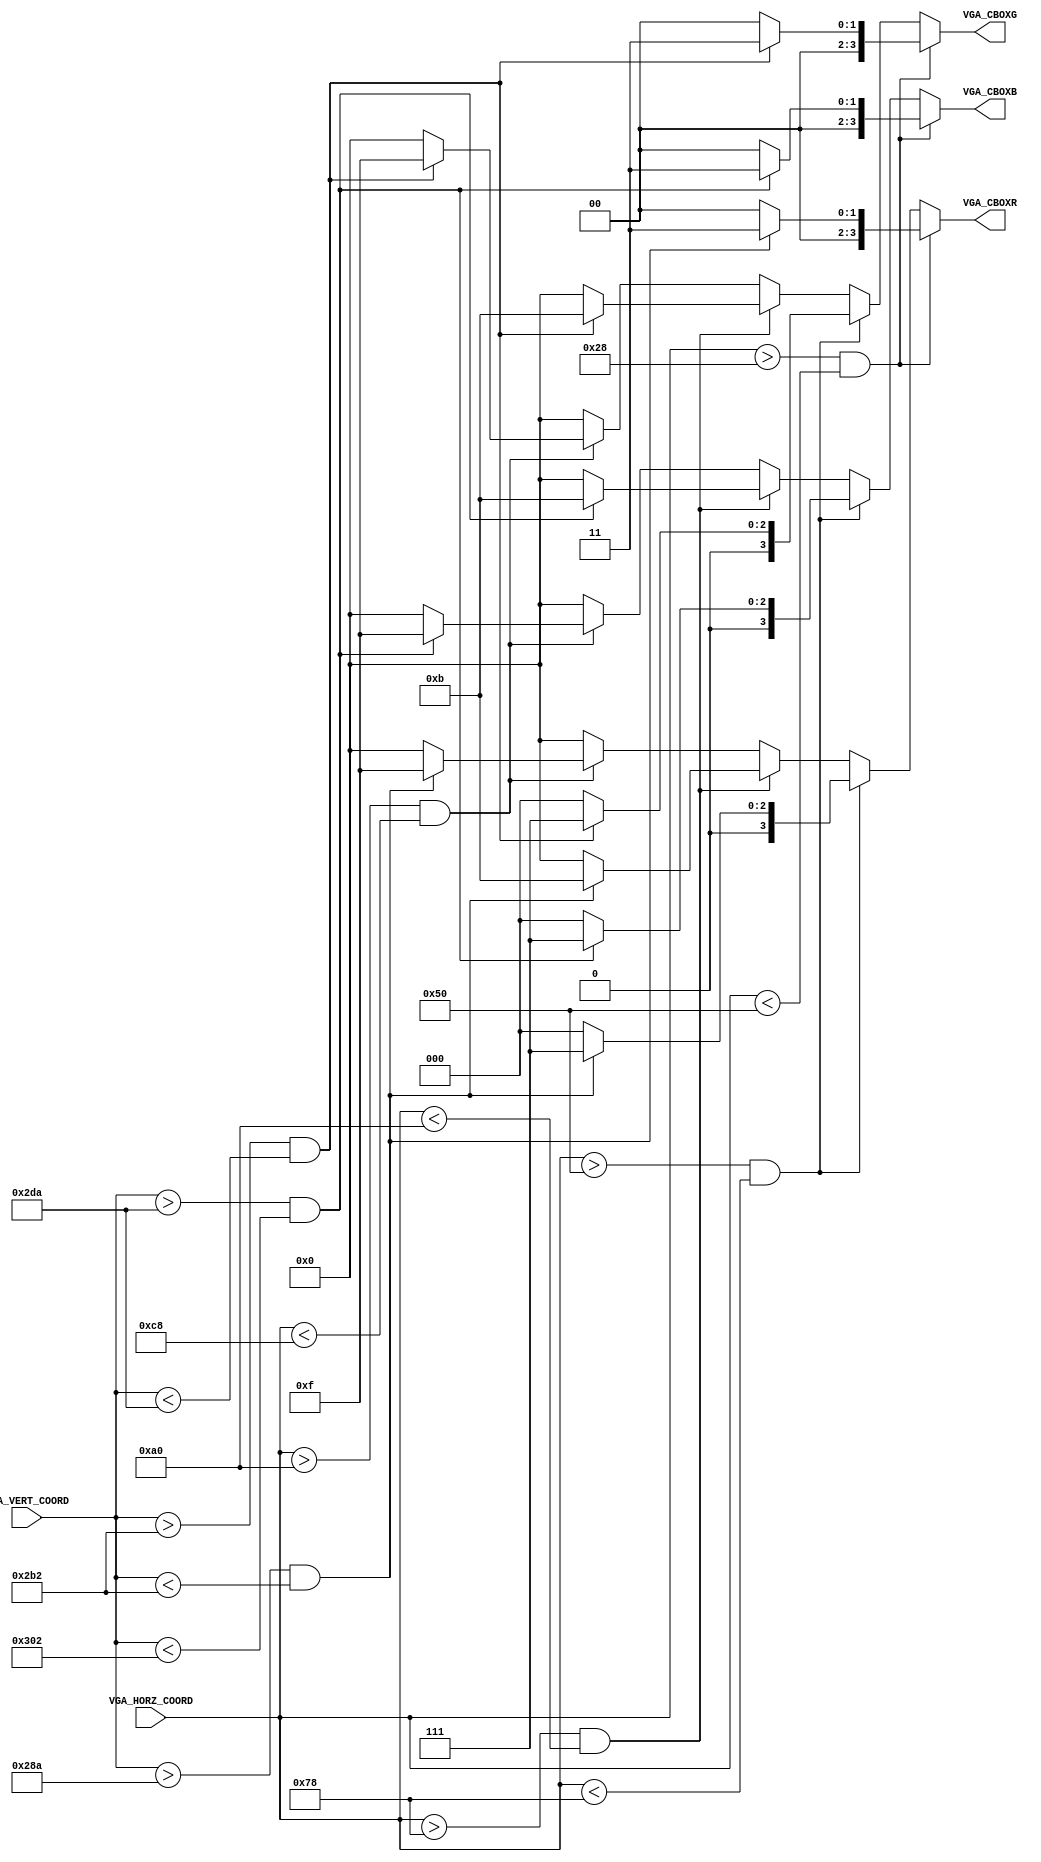
`timescale 1ns / 1ps
//////////////////////////////////////////////////////////////////////////////////
// Company: 
// Engineer: 
// 
// Design Name: 
// Module Name: colour_boxes
// Project Name: 
// Target Devices: 
// Tool Versions: 
// Description: 
// 
// Dependencies: 
// 
// Revision:
// Revision 0.01 - File Created
// Additional Comments:
// 
//////////////////////////////////////////////////////////////////////////////////


module colour_boxes(
    input [11:0] VGA_HORZ_COORD,
    input [11:0] VGA_VERT_COORD,
    output reg [3:0] VGA_CBOXR,
    output reg [3:0] VGA_CBOXG,
    output reg [3:0] VGA_CBOXB
    );
    
    parameter sep = 40;
    parameter x_left = 40; 
    parameter redrow = 410 + sep*6;
    parameter greenrow = 410 + sep*7;
    parameter bluerow = 410 + sep*8;
    
    wire red = (VGA_VERT_COORD > redrow && VGA_VERT_COORD < redrow + 40);
    wire green = (VGA_VERT_COORD > greenrow && VGA_VERT_COORD < greenrow + 40);
    wire blue = (VGA_VERT_COORD > bluerow && VGA_VERT_COORD < bluerow + 40);

    always @(*) begin
        VGA_CBOXR = 4'h0;
        VGA_CBOXG = 4'h0;
        VGA_CBOXB = 4'h0;
        
        if (VGA_HORZ_COORD > x_left && VGA_HORZ_COORD < x_left + sep*1) begin   
            VGA_CBOXR <= (red == 1)? 4'h3 : 4'h0;
            VGA_CBOXG <= (green == 1)? 4'h3 : 4'h0;
            VGA_CBOXB <= (blue == 1)? 4'h3 : 4'h0;

        end
        
        else if (VGA_HORZ_COORD > x_left + sep*1 && VGA_HORZ_COORD < x_left + sep*2) begin
            VGA_CBOXR <= (red == 1)? 4'h7 : 4'h0;
            VGA_CBOXG <= (green == 1)? 4'h7 : 4'h0;
            VGA_CBOXB <= (blue == 1)? 4'h7 : 4'h0;
        end
        
        else if (VGA_HORZ_COORD > x_left + sep*2 && VGA_HORZ_COORD < x_left + sep*3) begin
            VGA_CBOXR <= (red == 1)? 4'hB : 4'h0;
            VGA_CBOXG <= (green == 1)? 4'hB : 4'h0;
            VGA_CBOXB <= (blue == 1)? 4'hB : 4'h0;
        end
        
        else if (VGA_HORZ_COORD > x_left + sep*3 && VGA_HORZ_COORD < x_left + sep*4) begin
            VGA_CBOXR <= (red == 1)? 4'hF : 4'h0;
            VGA_CBOXG <= (green == 1)? 4'hF : 4'h0;
            VGA_CBOXB <= (blue == 1)? 4'hF : 4'h0;
        end
        
        end
endmodule